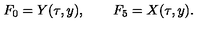
F _ { 0 } = Y ( \tau , y ) , \qquad F _ { 5 } = X ( \tau , y ) .